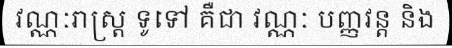
វណ្ណៈរាស្ត្រ ទូទៅ គឺជា វណ្ណៈ បញ្ញវន្ត និង